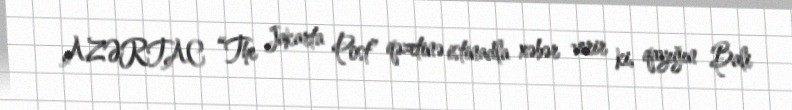
AZƏRTAC “The Jakarta Post” qəzetinə istinadla xəbər verir ki, qayığın Bali